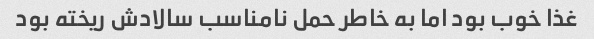
غذا خوب بود اما به خاطر حمل نامناسب سالادش ریخته بود